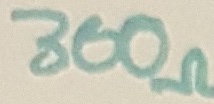
Text: 300Ω